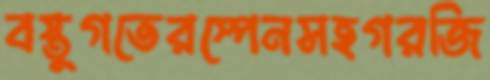
বস্তুগতেরস্পেনসহগরজি